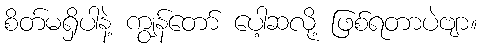
စိတ်မရှိပါနဲ့ ကျွန်တော် ပေါ့ဆလို့ ဖြစ်ရတာပဲဗျာ။